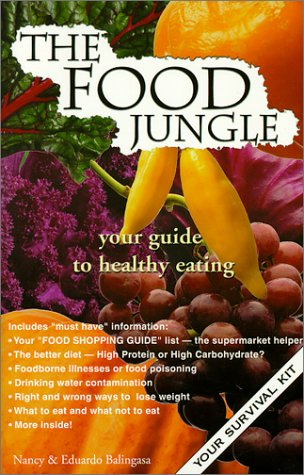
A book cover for The Food Jungle; Nancy Balingasa; Health, Fitness & Dieting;